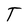
Character: T